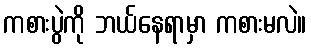
ကစားပွဲကို ဘယ်နေရာမှာ ကစားမလဲ။